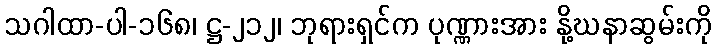
သဂါထာ-ပါ-၁၆၈၊ ဋ္ဌ-၂၁၂၊ ဘုရားရှင်က ပုဏ္ဏားအား နို့ဃနာဆွမ်းကို